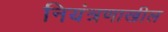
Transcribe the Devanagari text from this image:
नियंत्रणाखील